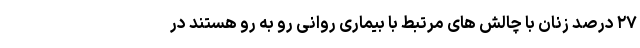
۲۷ درصد زنان با چالش های مرتبط با بیماری روانی رو به رو هستند در